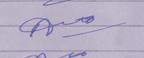
Signature authenticity: forged